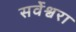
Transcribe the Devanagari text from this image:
सर्वेश्वरा